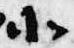
北